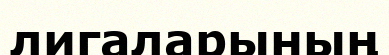
лигаларының